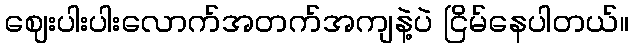
ဈေးပါးပါးလောက်အတက်အကျနဲ့ပဲ ငြိမ်နေပါတယ်။